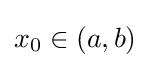
x_{0}\in (a,b)